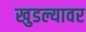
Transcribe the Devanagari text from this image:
खुडल्यावर